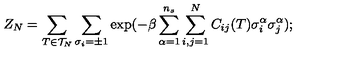
Z _ { N } = \sum _ { T \in { \cal { T } } _ { N } } \sum _ { \sigma _ { i } = \pm 1 } \exp ( - \beta \sum _ { \alpha = 1 } ^ { n _ { s } } \sum _ { i , j = 1 } ^ { N } C _ { i j } ( T ) \sigma _ { i } ^ { \alpha } \sigma _ { j } ^ { \alpha } ) ; \protect